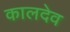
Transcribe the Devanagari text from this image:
कालदेव